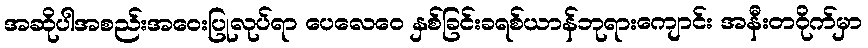
အဆိုပါအစည်းအဝေးပြုလုပ်ရာ ပေလေဝေ နှစ်ခြင်းခရစ်ယာန်ဘုရားကျောင်း အနီးတဝိုက်မှာ